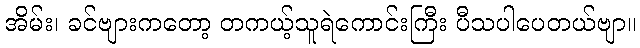
အိမ်း၊ ခင်ဗျားကတော့ တကယ့်သူရဲကောင်းကြီး ပီသပါပေတယ်ဗျာ။